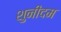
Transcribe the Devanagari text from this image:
शुनीदम